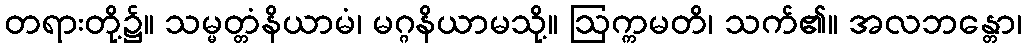
တရားတို့၌။ သမ္မတ္တံနိယာမံ၊ မဂ္ဂနိယာမသို့။ ဩက္ကမတိ၊ သက်၏။ အလဘန္တော၊